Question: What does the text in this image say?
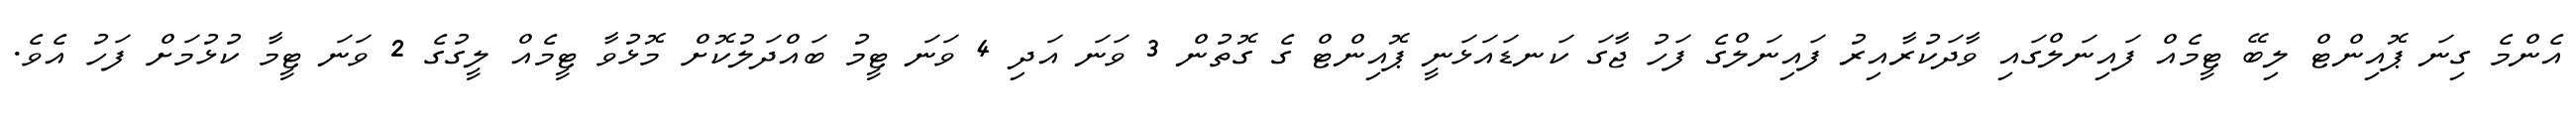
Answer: އެންމެ ގިނަ ޕޮއިންޓް ލިބޭ ޓީމެއް ފައިނަލްގައި ވާދަކުރާއިރު ފައިނަލްގެ ފަހު ޖާގަ ކަނޑައަޅަނީ ޕޮއިންޓް ގެ ގޮތުން 3 ވަނަ އަދި 4 ވަނަ ޓީމު ބައްދަލުކޮށް މޮޅުވާ ޓީމެއް ލީގުގެ 2 ވަނަ ޓީމާ ކުޅުމަށް ފަހު އެވެ.